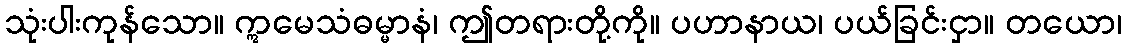
သုံးပါးကုန်သော။ ဣမေသံဓမ္မာနံ၊ ဤတရားတို့ကို။ ပဟာနာယ၊ ပယ်ခြင်းငှာ။ တယော၊